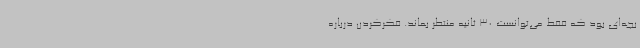
بچه‌ای بود که فقط می‌توانست 30‌ ثانیه منتظر بماند. فکرکردن درباره